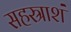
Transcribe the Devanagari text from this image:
सहस्राशं